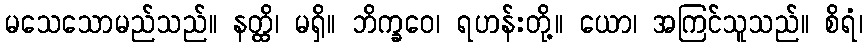
မသေသောမည်သည်။ နတ္ထိ၊ မရှိ။ ဘိက္ခဝေ၊ ရဟန်းတို့။ ယော၊ အကြင်သူသည်။ စိရံ၊